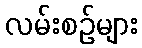
လမ်းစဉ်များ